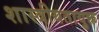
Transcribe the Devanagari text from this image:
शास्त्रीयतायुक्त